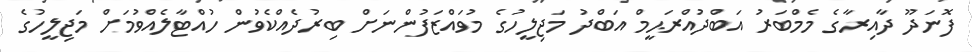
ފޮނަދޫ ދާއިރާގެ މެމްބަރު އަބްދުއްރަޙީމް އަބްދު މަޖިލީހުގެ މުވައްޒަފުންނަށް ބިރުދެއްކެވުން ހުއްޓާލެއްވުމަށް މަޖިލީހުގެ